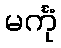
မင်္ကုံ